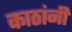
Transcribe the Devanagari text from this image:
काठांनी